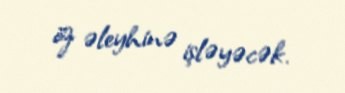
öz əleyhinə işləyəcək.